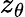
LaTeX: z_{\theta}